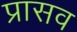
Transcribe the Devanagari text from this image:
प्रासव